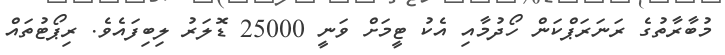
މުބާރާތުގެ ރަނަރަޕްކަން ހޯދުމާއި އެކު ޓީމަށް ވަނީ 25000 ޑޮލަރު ލިބިފައެވެ. ރިޕޯޓުތައް